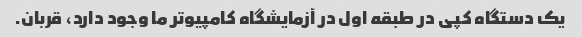
یک دستگاه کپی در طبقه اول در آزمایشگاه کامپیوتر ما وجود دارد، قربان.